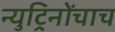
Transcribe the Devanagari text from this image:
न्युट्रिनोंचाच